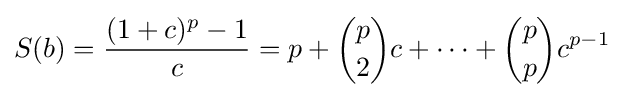
S(b)={\frac {(1+c)^{p}-1}{c}}=p+{\binom {p}{2}}c+\cdots +{\binom {p}{p}}c^{p-1}